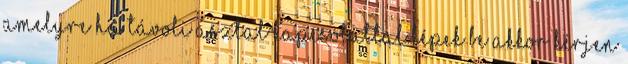
amelyre ha távoli asztal kapcsolattal lépek be akkor kérjen